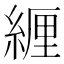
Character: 緾